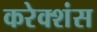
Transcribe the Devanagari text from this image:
करेक्शंस